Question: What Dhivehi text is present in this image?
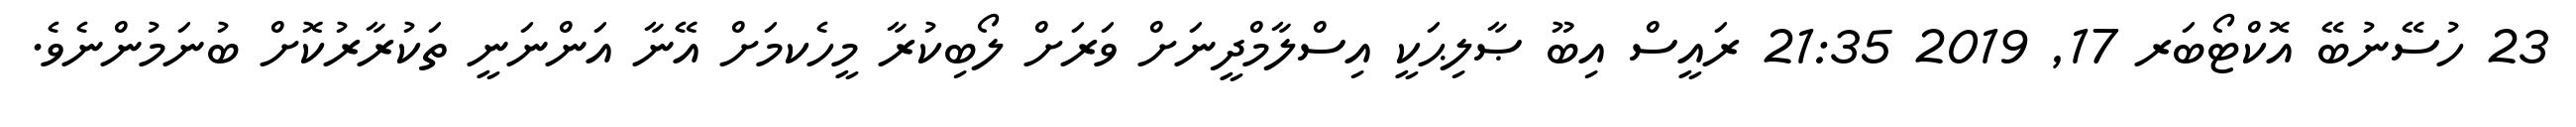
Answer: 23 ހުސޭނުބޭ އޮކްޓޯބަރ 17, 2019 21:35 ރައީސް އިބޫ ޞާލިޙަކީ އިސްލާމްދީނަށް ވަރަށް ލޯބިކުރާ މީހެކމަށް އޭނާ އަންނަނީ ތަކުރާރުކޮށް ބުނަމުންނެވެ.